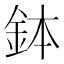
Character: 鉢